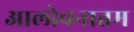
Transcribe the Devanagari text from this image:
आलोचनातम